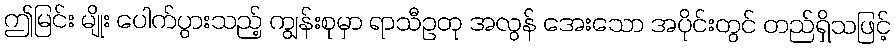
ဤမြင်း မျိုး ပေါက်ပွားသည့် ကျွန်းစုမှာ ရာသီဥတု အလွန် အေးသော အပိုင်းတွင် တည်ရှိသဖြင့်